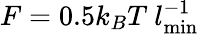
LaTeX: F=0.5k_{B}T~l_{\mathrm{min}}^{-1}